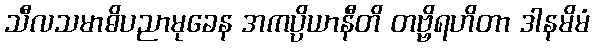
သီလသမာဓိပညာမုခေန အကပ္ပိယာနီတိ တဗ္ဗိရဟိတာ ဒါနမိမံ